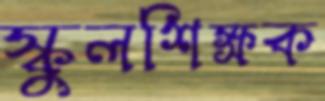
স্কুলশিক্ষক